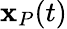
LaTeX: {\mathbf x}_{P}(t)